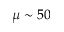
\mu \sim 5 0